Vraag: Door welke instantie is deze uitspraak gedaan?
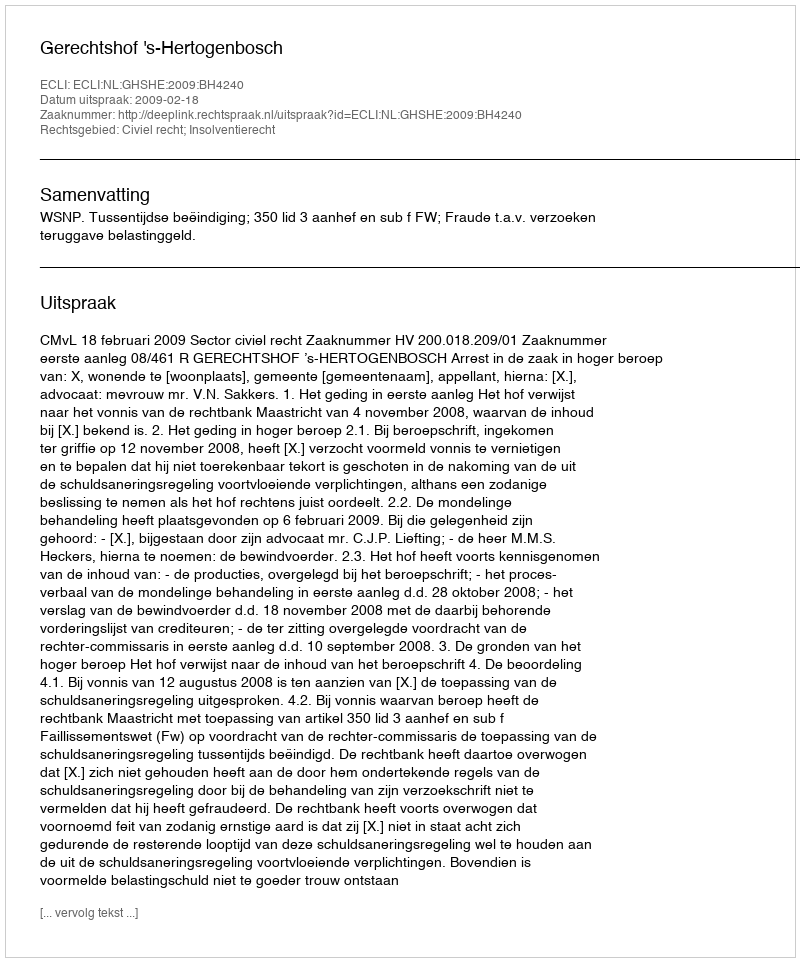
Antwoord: Gerechtshof 's-Hertogenbosch